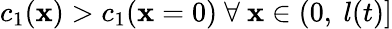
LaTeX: c_{1}(\mathbf{x})>c_{1}(\mathbf{x}=0)~\forall~\mathbf{x}\in\left(0,~l(t)\right]